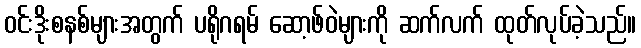
ဝင်းဒိုးစနစ်များအတွက် ပရိုဂရမ် ဆော့ဖ်ဝဲများကို ဆက်လက် ထုတ်လုပ်ခဲ့သည်။